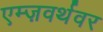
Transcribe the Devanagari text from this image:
एम्ज़वर्थवर